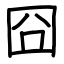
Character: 囧